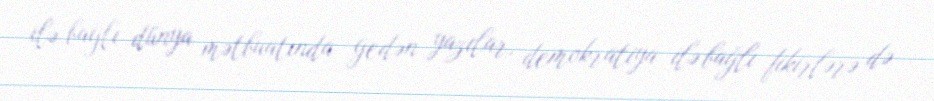
ilə bağlı dünya mətbuatında gedən yazılar, demokratiya ilə bağlı fikirlərə də